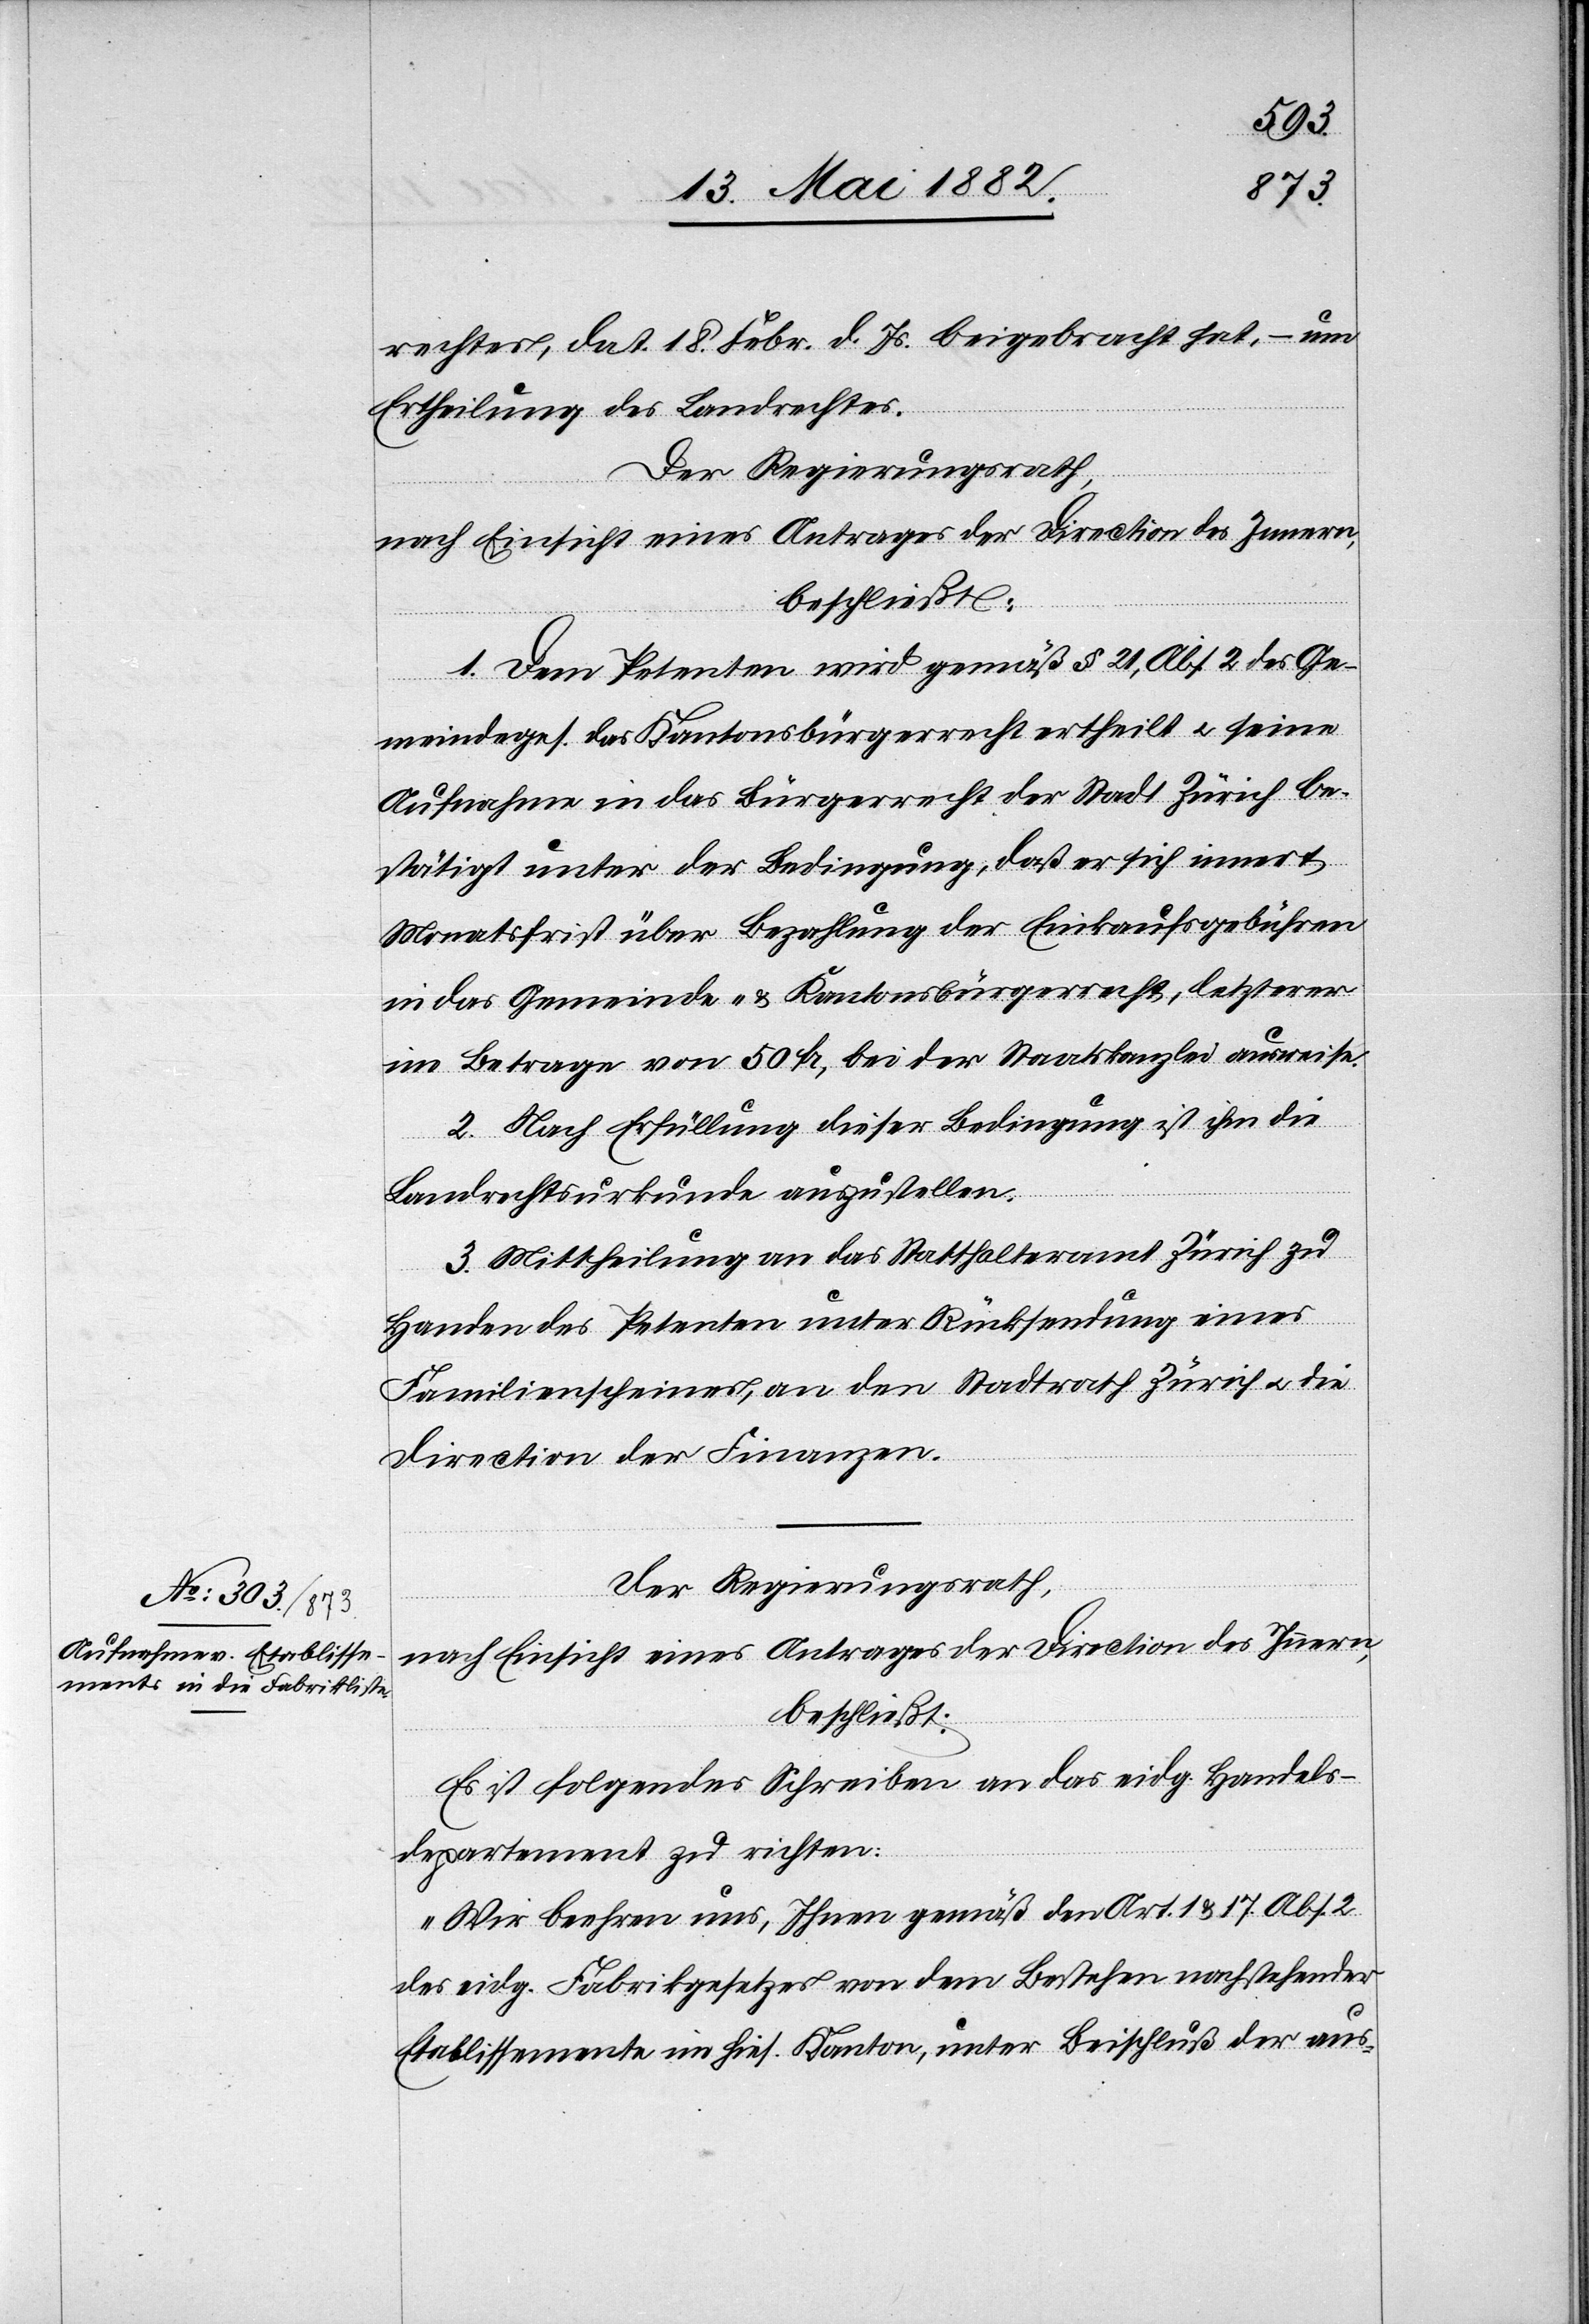
rechtes, dat. 18. Febr. d. Js. beigebracht hat, – um
Ertheilung des Landrechtes.
Der Regierungsrath,
nach Einsicht eines Antrages der Direction des Innern,
beschließt:
1. Dem Petenten wird gemäß § 21, Abs. 2 des Ge¬
meindeges. das Kantonsbürgerrecht ertheilt u. seine
Aufnahme in das Bürgerrecht der Stadt Zürich be¬
stätigt unter der Bedingung, daß er sich innert
Monatsfrist über die Bezahlung der Einkaufsgebühren
in das Gemeinde- & Kantonsbürgerrecht, letztere
im Betrage von 50 Fr., bei der Staatskanzlei ausweise.
2. Nach Erfüllung dieser Bedingung ist ihm die
Landrechtsurkunde auszustellen.
3. Mittheilung an das Statthalteramt Zürich zu
Handen des Petenten unter Rücksendung eines
Familienscheines, an den Stadtrath Zürich u. die
Direction der Finanzen.
Der Regierungsrath,
beschließt:
Es ist folgendes Schreiben an das eidg. Handels¬
departement zu richten:
„Wir beehren uns, Ihnen gemäß den Art. 1 & 17 Abs.
des eidg. Fabrikgesetzes von dem Bestehen nachstehender
Etablissemente im hies. Kanton, unter Beischluß der aus-